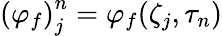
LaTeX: {\left(\varphi_{f}\right)}_{j}^{n}=\varphi_{f}(\zeta_{j},\tau_{n})